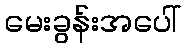
မေးခွန်းအပေါ်